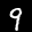
Label: 9